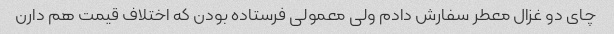
چای دو غزال معطر سفارش دادم ولی معمولی فرستاده بودن که اختلاف قیمت هم دارن